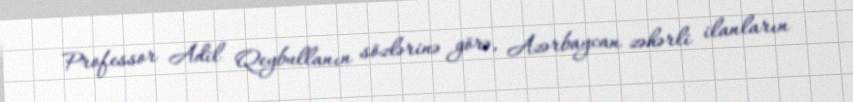
Professor Adil Qeybullanın sözlərinə görə, Azərbaycan zəhərli ilanların